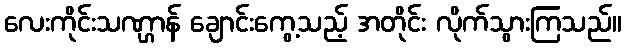
လေးကိုင်းသဏ္ဌာန် ချောင်းကွေ့သည့် အတိုင်း လိုက်သွားကြသည်။